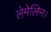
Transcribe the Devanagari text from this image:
लेमेलिन।